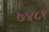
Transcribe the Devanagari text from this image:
७४८१